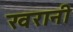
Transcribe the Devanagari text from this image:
खरानी